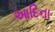
આદિના